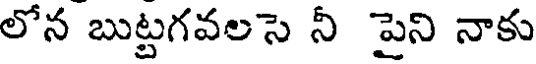
లోన బుట్టగవలసె నీ పైని నాకు